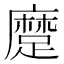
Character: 𨄬